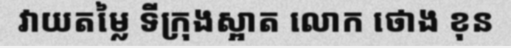
វាយតម្លៃ ទីក្រុងស្អាត លោក ថោង ខុន